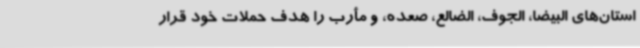
استان‌های البیضا، الجوف، الضالع، صعده، و مأرب را هدف حملات خود قرار